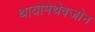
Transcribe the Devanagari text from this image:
थायोमेथेक्‍जोन